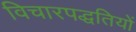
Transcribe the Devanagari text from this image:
विचारपद्धतियों